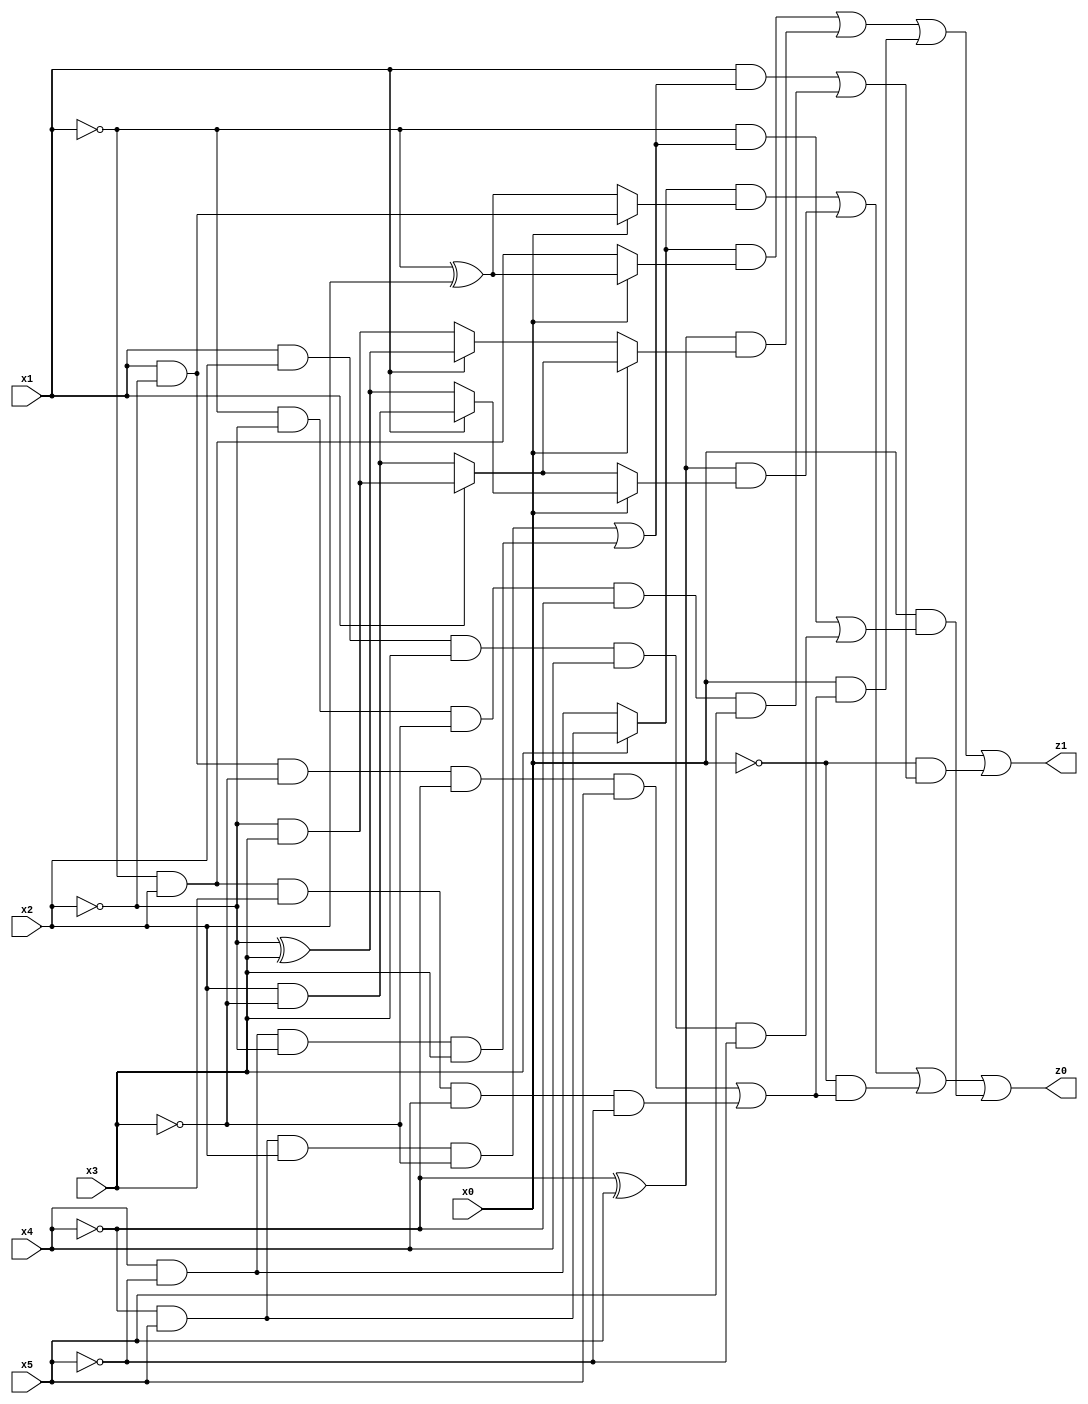
// Benchmark "q_1" written by ABC on Mon Jul 10 15:59:37 2023

module q_1 ( 
    x0, x1, x2, x3, x4, x5,
    z0, z1  );
  input  x0, x1, x2, x3, x4, x5;
  output z0, z1;
  assign z0 = ((x3 ? (~x4 & x5) : (x4 & ~x5)) & (x0 ? (x1 & ~x2) : (~x1 ^ x2))) | ((~x4 ^ x5) & (x0 ? (x1 ? (x2 & ~x3) : (~x2 ^ x3)) : (x1 ? (~x2 & x3) : (x2 & ~x3)))) | (~x0 & ((x1 & ~x2 & ~x3 & ~x4 & x5) | (~x1 & x2 & x3 & x4 & ~x5))) | (x0 & ((~x1 & ((~x4 & x5 & x2 & ~x3) | (x4 & ~x5 & ~x2 & x3))) | (x1 & x2 & x3 & x4 & ~x5)));
  assign z1 = ((x3 ? (~x4 & x5) : (x4 & ~x5)) & (x0 ? (~x1 ^ x2) : (~x1 & x2))) | ((~x4 ^ x5) & (x0 ? (x1 ? (~x2 & x3) : (x2 & ~x3)) : (x1 ? (~x2 ^ x3) : (~x2 & x3)))) | (x0 & ((x1 & ~x2 & ~x3 & ~x4 & x5) | (~x1 & x2 & x3 & x4 & ~x5))) | (~x0 & ((x1 & ((~x4 & x5 & x2 & ~x3) | (x4 & ~x5 & ~x2 & x3))) | (~x1 & ~x2 & ~x3 & ~x4 & x5)));
endmodule